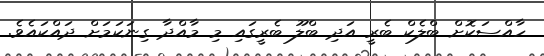
ހާއްސަކޮށް ބްލެކް ބެރީ އަދި ބްލޫ ބެރީގައި މި މާއްދާ ގިނަކަމަށް ދައްކައެވެ.